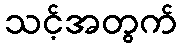
သင့်အတွက်